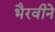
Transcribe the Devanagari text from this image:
भैरवीने